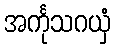
အင်္ကုသဂယှံ